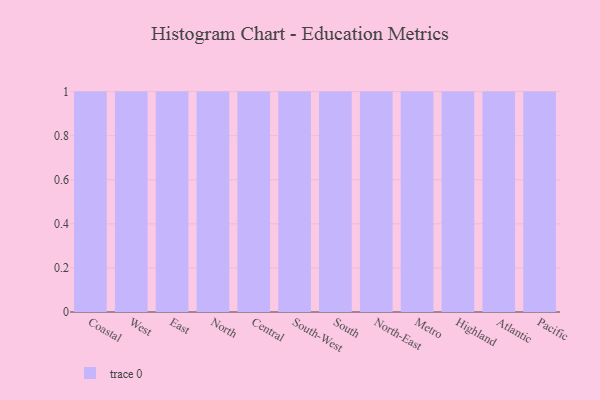
{"axis": {"x": "Region", "y": "Tickets Resolved"}, "legend": [""], "data": [{"x": "Coastal", "y": 6, "type": ""}, {"x": "West", "y": 66, "type": ""}, {"x": "East", "y": 19, "type": ""}, {"x": "North", "y": 9, "type": ""}, {"x": "Central", "y": 92, "type": ""}, {"x": "South-West", "y": 26, "type": ""}, {"x": "South", "y": 99, "type": ""}, {"x": "North-East", "y": 79, "type": ""}, {"x": "Metro", "y": 90, "type": ""}, {"x": "Highland", "y": 65, "type": ""}, {"x": "Atlantic", "y": 69, "type": ""}, {"x": "Pacific", "y": 27, "type": ""}]}